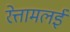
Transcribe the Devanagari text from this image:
रेत्तामलई